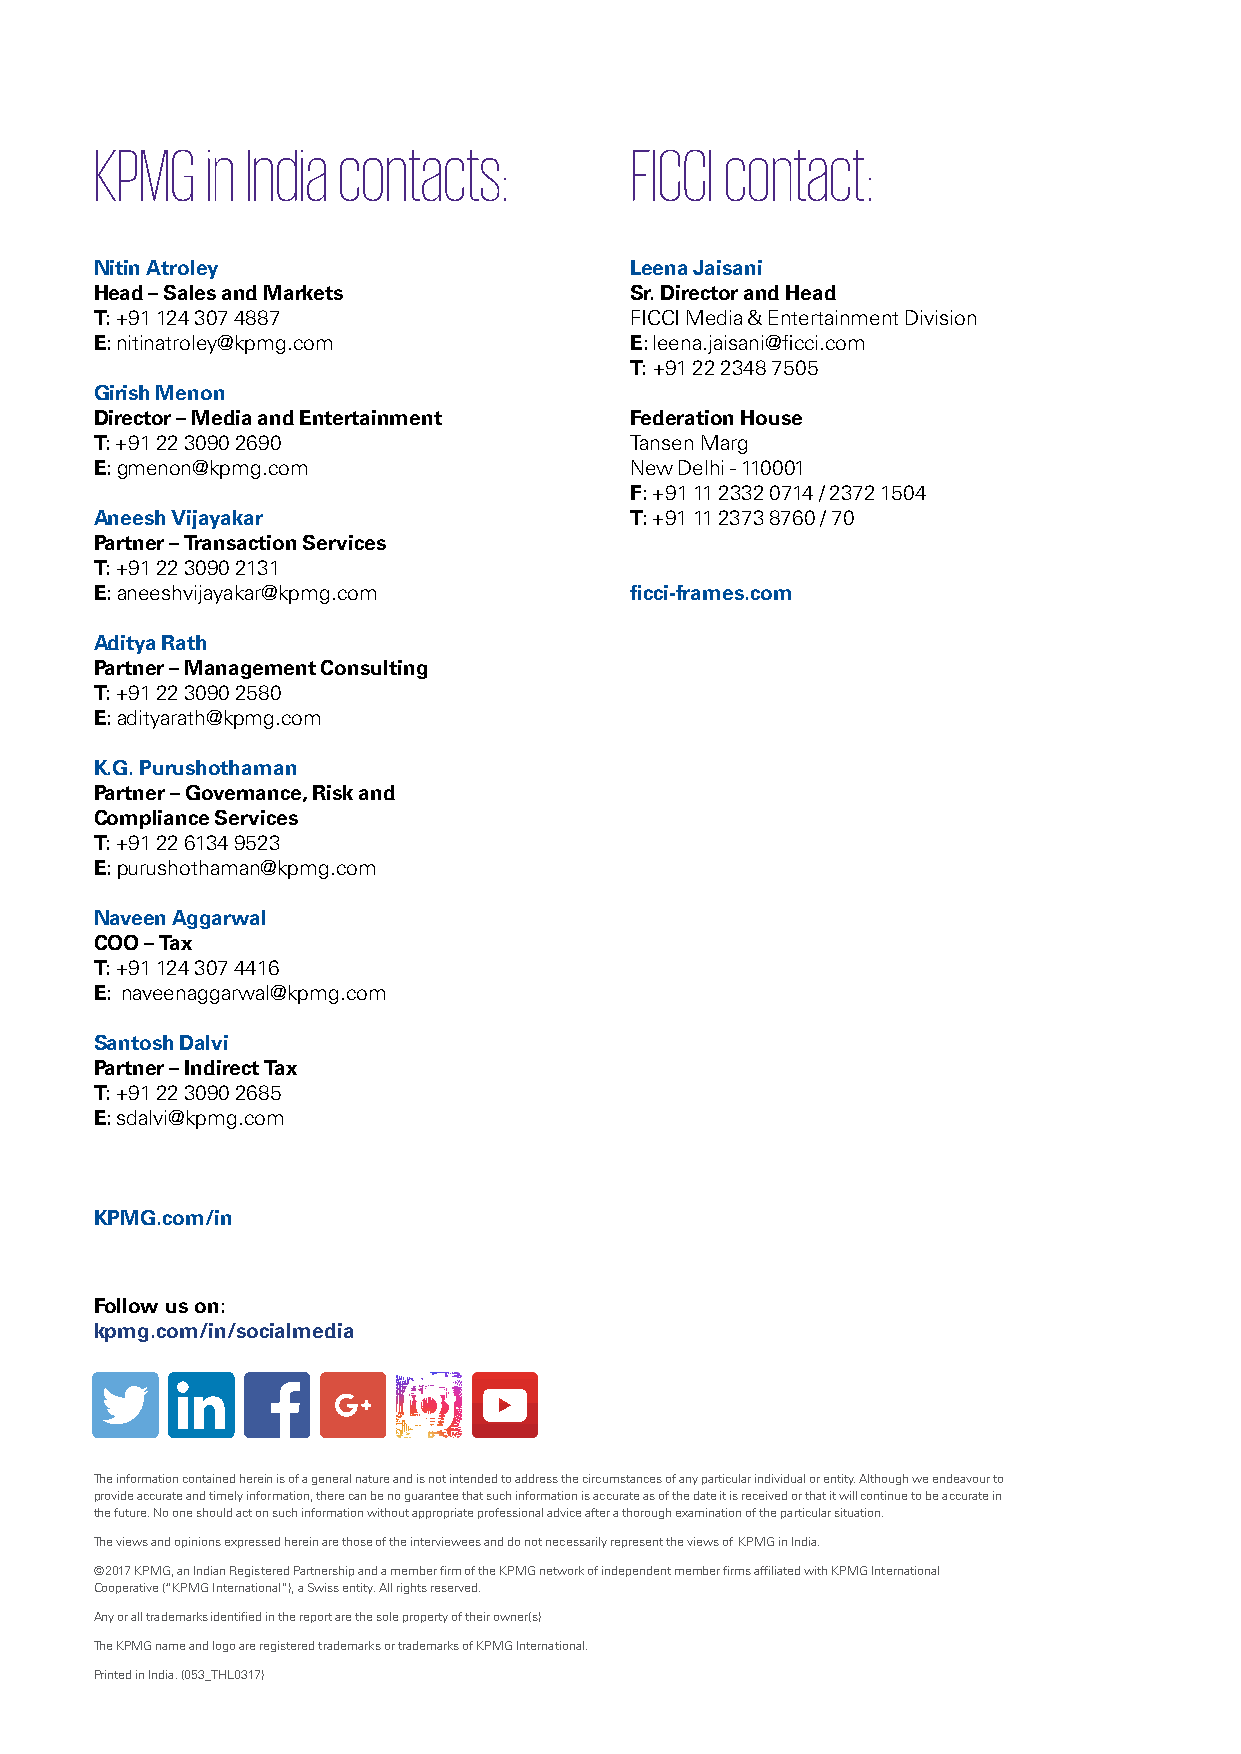
KPMG    in India contacts:          FICCI contact:
 Nitin Atroley                       Leena Jaisani
 Head – Sales and Markets            Sr. Director and Head
 T: +91 124 307 4887                 FICCI Media & Entertainment Division
 E: nitinatroley@kpmg.com            E: leena.jaisani@ficci.com
 T: +91 22 2348 7505
 Girish Menon
 Director – Media and Entertainment  Federation House
 T: +91 22 3090 2690                 Tansen Marg
 E: gmenon@kpmg.com                  New Delhi - 110001
 F: +91 11 2332 0714 / 2372 1504
 Aneesh Vijayakar                    T: +91 11 2373 8760 / 70
 Partner – Transaction Services
 T: +91 22 3090 2131
 E: aneeshvijayakar@kpmg.com         ficci-frames.com
 Aditya Rath
 Partner – Management Consulting
 T: +91 22 3090 2580
 E: adityarath@kpmg.com
 K.G. Purushothaman
 Partner – Governance, Risk and
 Compliance Services
 T: +91 22 6134 9523
 E: purushothaman@kpmg.com
 Naveen Aggarwal
 COO – Tax
 T: +91 124 307 4416
 E: naveenaggarwal@kpmg.com
 Santosh Dalvi
 Partner – Indirect Tax
 T: +91 22 3090 2685
 E: sdalvi@kpmg.com
 KPMG.com/in
 Follow us on:
 kpmg.com/in/socialmedia
 The information contained herein is of a general nature and is not intended to address the circumstances of any particular individual or entity. Although we endeavour to
 provide accurate and timely information, there can be no guarantee that such information is accurate as of the date it is received or that it will continue to be accurate in
 the future. No one should act on such information without appropriate professional advice after a thorough examination of the particular situation.
 The views and opinions expressed herein are those of the interviewees and do not necessarily represent the views of KPMG in India.
 © 2017 KPMG, an Indian Registered Partnership and a member firm of the KPMG network of independent member firms affiliated with KPMG International
 Cooperative (“KPMG International”), a Swiss entity. All rights reserved.
 Any or all trademarks identified in the report are the sole property of their owner(s)
 The KPMG name and logo are registered trademarks or trademarks of KPMG International.
 Printed in India. (053_THL0317)